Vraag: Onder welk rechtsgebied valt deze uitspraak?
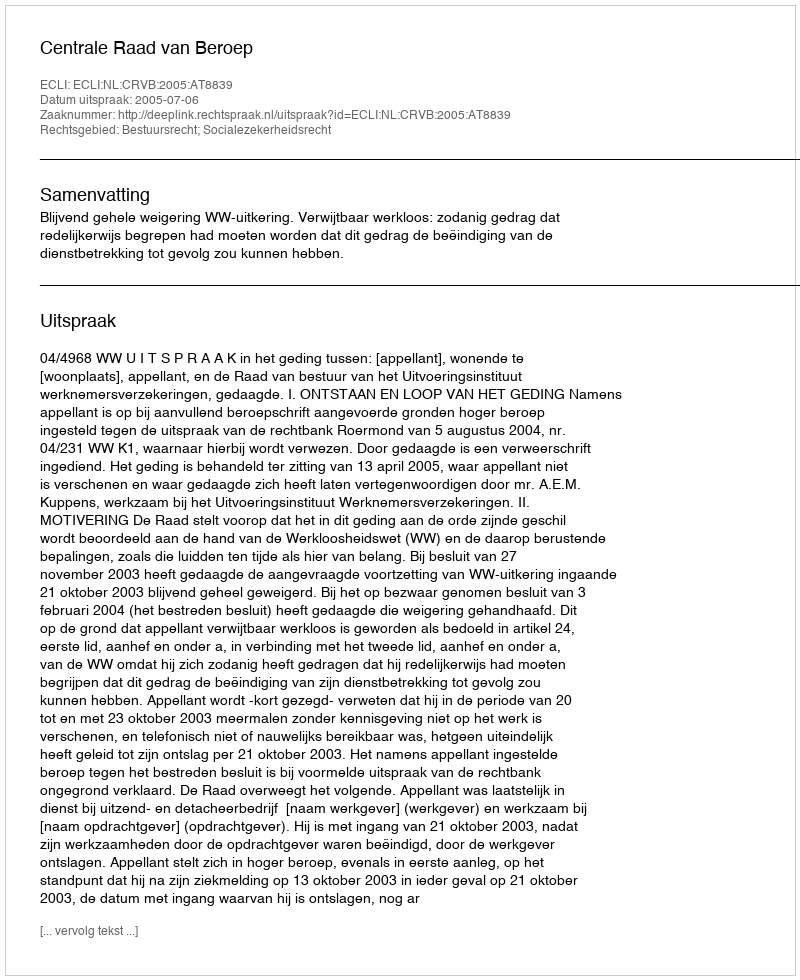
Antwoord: Bestuursrecht; Socialezekerheidsrecht